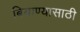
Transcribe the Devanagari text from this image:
बियाण्यासाठी